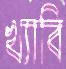
খ্যাবি